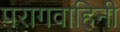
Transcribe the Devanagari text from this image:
परागवाहिनी